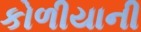
કોળીયાની